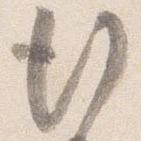
行